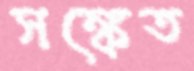
সঙ্কেত